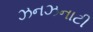
ઝનઝનાટી